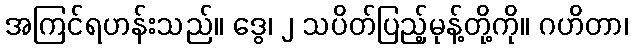
အကြင်ရဟန်းသည်။ ဒွေ၊ ၂ သပိတ်ပြည့်မုန့်တို့ကို။ ဂဟိတာ၊